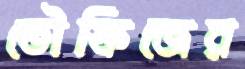
তৌফিজের